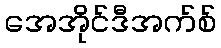
အေအိုင်ဒီအက်စ်